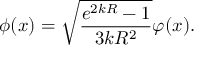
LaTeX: \phi ( x ) = \sqrt { \frac { e ^ { 2 k R } - 1 } { 3 k R ^ { 2 } } } \varphi ( x ) .